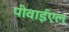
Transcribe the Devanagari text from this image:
पीवाईएल